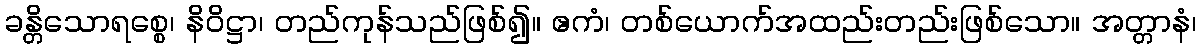
ခန္တိသောရစ္စေ၊ နိဝိဋ္ဌာ၊ တည်ကုန်သည်ဖြစ်၍။ ဧကံ၊ တစ်ယောက်အထည်းတည်းဖြစ်သော။ အတ္တာနံ၊